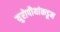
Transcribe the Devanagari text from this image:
युरोपीयांकडून